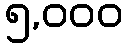
၅,၀၀၀